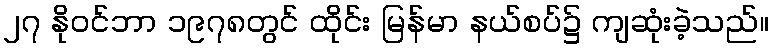
၂၇ နိုဝင်ဘာ ၁၉၇၈တွင် ထိုင်း မြန်မာ နယ်စပ်၌ ကျဆုံးခဲ့သည်။